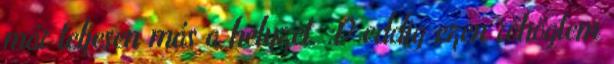
már teljesen más a helyzet. :D eddig ezen röhögtem